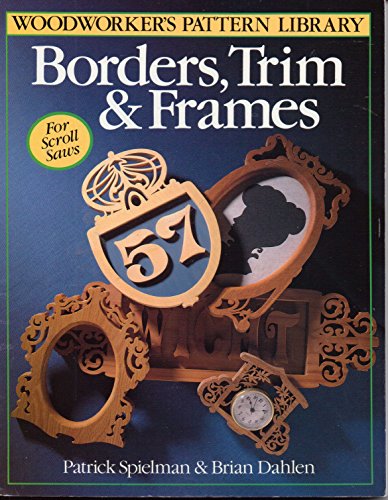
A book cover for Borders, Trim & Frames for Scroll Saws (Woodworker's Pattern Library Series); Patrick Spielman; Crafts, Hobbies & Home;